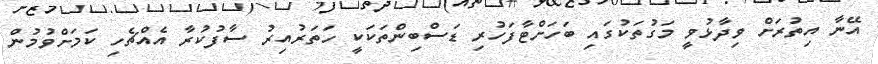
އޭނާ އިތުރަށް ވިދާޅުވީ މަގުތަކުގައި ބަހަށްޓާފަހުރި ޑަސްބިންތަކަކީ ހަތަރުއިރު ސާފުކުރާ އެއްޗެހި ކަމަށްވުމުން